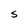
Character: S